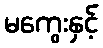
မကွေးနှင့်